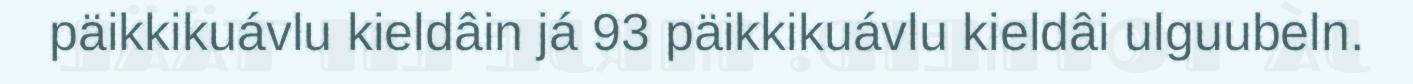
päikkikuávlu kieldâin já 93 päikkikuávlu kieldâi ulguubeln.